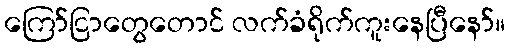
ကြော်ငြာတွေတောင် လက်ခံရိုက်ကူးနေပြီနော်။